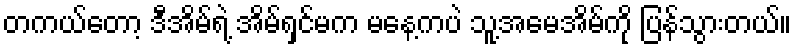
တကယ်တော့ ဒီအိမ်ရဲ့ အိမ်ရှင်မက မနေ့ကပဲ သူ့အမေအိမ်ကို ပြန်သွားတယ်။